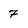
Character: 7